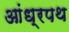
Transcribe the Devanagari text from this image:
आंध्रपथ